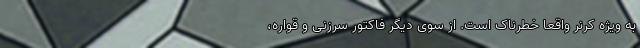
به ویژه کرنر واقعا خطرناک است. از سوی دیگر فاکتور سرزنی و قواره،